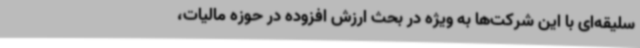
سلیقه‌ای با این شرکت‌ها به ویژه در بحث ارزش افزوده در حوزه مالیات،